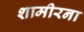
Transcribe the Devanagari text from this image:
शामीरना